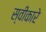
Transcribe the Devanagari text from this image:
स्‍वीकारे